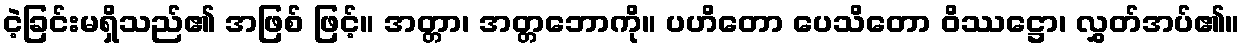
ငဲ့ခြင်းမရှိသည်၏ အဖြစ် ဖြင့်။ အတ္တာ၊ အတ္တဘောကို။ ပဟိတော ပေသိတော ဝိဿဋ္ဌော၊ လွှတ်အပ်၏။